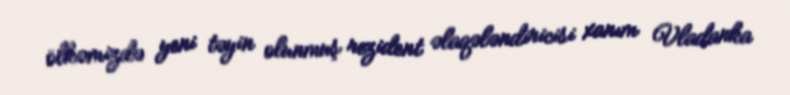
ölkəmizdə yeni təyin olunmuş rezident əlaqələndiricisi xanım Vladanka